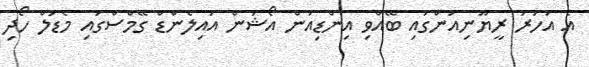
އެ އަހަރު ރީޔޫނިއަންގައި ބޭއްވި އިންޑިއަން އޯޝަން އައިލެންޑް ގޭމްސްގައި މެޑަލް ހޯދި